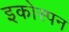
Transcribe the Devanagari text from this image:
इकोस्पन